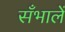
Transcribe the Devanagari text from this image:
सँभालें